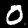
Label: 0